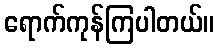
ရောက်ကုန်ကြပါတယ်။